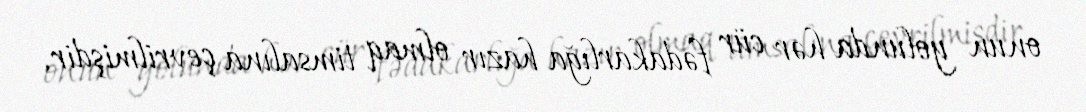
onun yolunda hər cür fədakarlığa hazır olmaq timsalına çevrilmişdir.